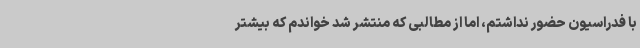
با فدراسیون حضور نداشتم، اما از مطالبی که منتشر شد خواندم که بیشتر